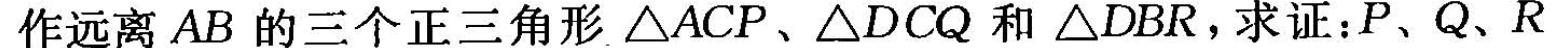
作远离AB的三个正三角形△ACP、△DCQ和△DBR，求证：P、Q、R